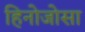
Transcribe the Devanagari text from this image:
हिनोजोसा